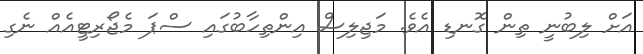
އަށް ލިބުނީ ތިން ގޮނޑި އެވެ. މަޖިލިސް އިންތިހާބުގައި ސްޕަ މެޖޯރިޓީއެއް ނެގި